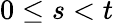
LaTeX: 0\leq s<t